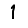
Digit: 1